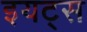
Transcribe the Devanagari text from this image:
इयट्स